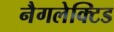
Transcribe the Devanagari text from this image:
नैगलेक्टिड